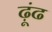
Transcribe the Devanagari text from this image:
ढ़ूंढ